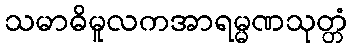
သမာဓိမူလကအာရမ္မဏသုတ္တံ